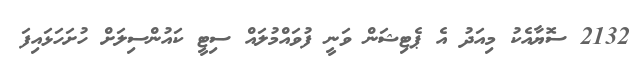
2132 ސޮޔާއެކު މިއަދު އެ ޕެޓިޝަން ވަނީ ފުވައްމުލައް ސިޓީ ކައުންސިލަށް ހުށަހަޅައިފަ